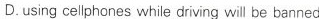
D.using cellphones while driving will be banned